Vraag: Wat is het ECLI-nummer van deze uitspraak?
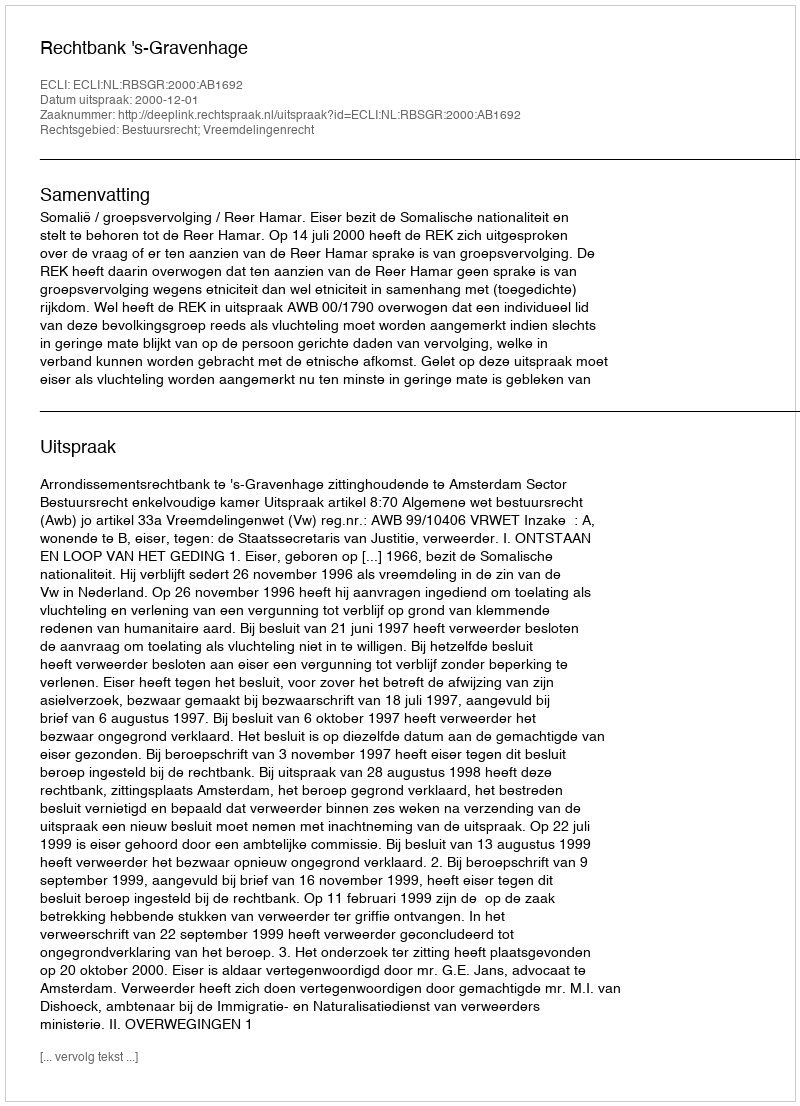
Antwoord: ECLI:NL:RBSGR:2000:AB1692